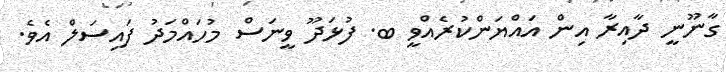
ގާނޫނީ ދާއިރާ އިން އައްޔަންކުރެއްވީ ބ. ފުޅަދޫ ވީނަސް މުހައްމަދު ފައިސަލް އެވެ.